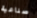
صناعية